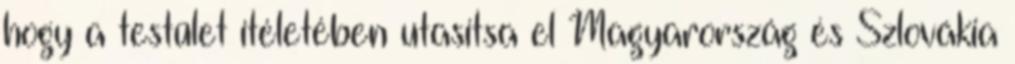
hogy a testület ítéletében utasítsa el Magyarország és Szlovákia